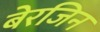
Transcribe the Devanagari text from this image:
बेरजिन